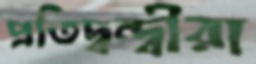
প্রতিদ্বন্দ্বীরা